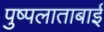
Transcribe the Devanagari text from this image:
पुष्पलाताबाई